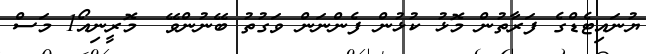
ޔުނައިޓެޑްގެ ފަރާތުން މޮޅު ކުޅުން ފެންނަން ވަގުތު ބޭނުންވޭ  މޮރީނިއޯ1 މަސް